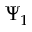
\Psi _ { 1 }